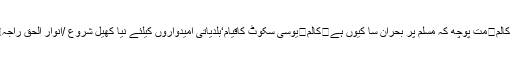
کالم	جلتی بسیں /ثاقب شبیر شانی	کالم	تحصیل کلرسیداں میں صفائی کافقدان/راجہ فیصل صغیر کالم	مت پوچھ کہ مسلم پر بحران سا کیوں ہے	کالم	یوسی سکوٹ کاقیام‘بلدیاتی امیدواروں کیلئے نیا کھیل شروع /انوار الحق راجہ	کالم	ملکی مفاد کا احساس	کالم	داعش کے دہشت گردوں نے نمازِ عید پر پابندی عائد کر دی!